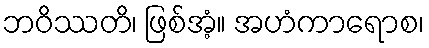
ဘဝိဿတိ၊ ဖြစ်အံ့။ အဟံကာရောစ၊